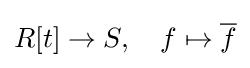
R[t]\to S,\quad f\mapsto {\overline {f}}